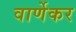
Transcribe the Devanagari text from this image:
वार्णेकर